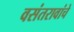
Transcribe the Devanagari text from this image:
वसंतरावांचे